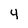
Character: 4